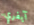
آيفري